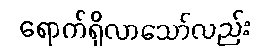
ရောက်ရှိလာသော်လည်း